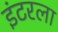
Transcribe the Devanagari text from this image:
इंटरला